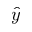
\hat { y }